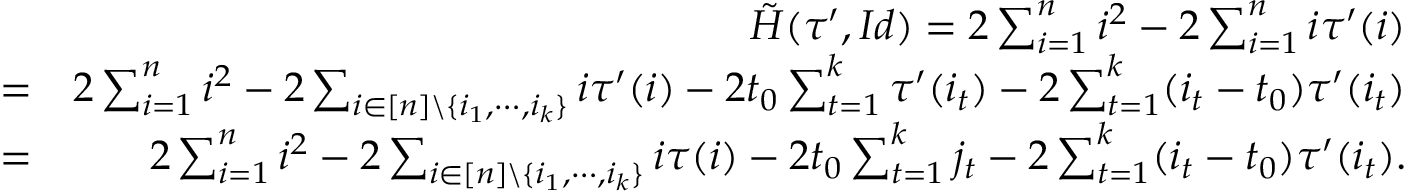
\begin{array} { r l r } & { } & { \tilde { H } ( \tau ^ { \prime } , I d ) = 2 \sum _ { i = 1 } ^ { n } i ^ { 2 } - 2 \sum _ { i = 1 } ^ { n } i \tau ^ { \prime } ( i ) } \\ & { = } & { 2 \sum _ { i = 1 } ^ { n } i ^ { 2 } - 2 \sum _ { i \in [ n ] \backslash \{ i _ { 1 } , \cdots , i _ { k } \} } i \tau ^ { \prime } ( i ) - 2 t _ { 0 } \sum _ { t = 1 } ^ { k } \tau ^ { \prime } ( i _ { t } ) - 2 \sum _ { t = 1 } ^ { k } ( i _ { t } - t _ { 0 } ) \tau ^ { \prime } ( i _ { t } ) } \\ & { = } & { 2 \sum _ { i = 1 } ^ { n } i ^ { 2 } - 2 \sum _ { i \in [ n ] \backslash \{ i _ { 1 } , \cdots , i _ { k } \} } i \tau ( i ) - 2 t _ { 0 } \sum _ { t = 1 } ^ { k } j _ { t } - 2 \sum _ { t = 1 } ^ { k } ( i _ { t } - t _ { 0 } ) \tau ^ { \prime } ( i _ { t } ) . } \end{array}